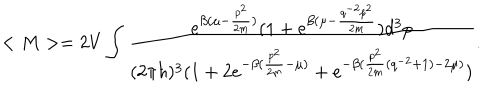
< M > = 2 V \int _ { } ^ { } \frac { e ^ { \beta ( \mu - \frac { p ^ { 2 } } { 2 m } ) } ( 1 + e ^ { \beta ( \mu - \frac { q ^ { - 2 } p ^ { 2 } } { 2 m } } ) d ^ { 3 } p } { ( 2 \pi \hbar ) ^ { 3 } ( 1 + 2 e ^ { - \beta ( \frac { p ^ { 2 } } { 2 m } - \mu ) } + e ^ { - \beta ( \frac { p ^ { 2 } } { 2 m } ( q ^ { - 2 } + 1 ) - 2 \mu ) } ) } .